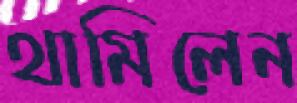
থামিলেন